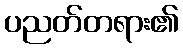
ပညတ်တရား၏